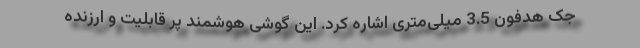
جک هدفون 3.5 میلی‌متری اشاره کرد. این گوشی هوشمند پر قابلیت و ارزنده